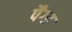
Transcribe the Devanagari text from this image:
पैग्ड